Annual administration report of the Civil Veterinary Department, Sind - 1939-1940
Year: 1939
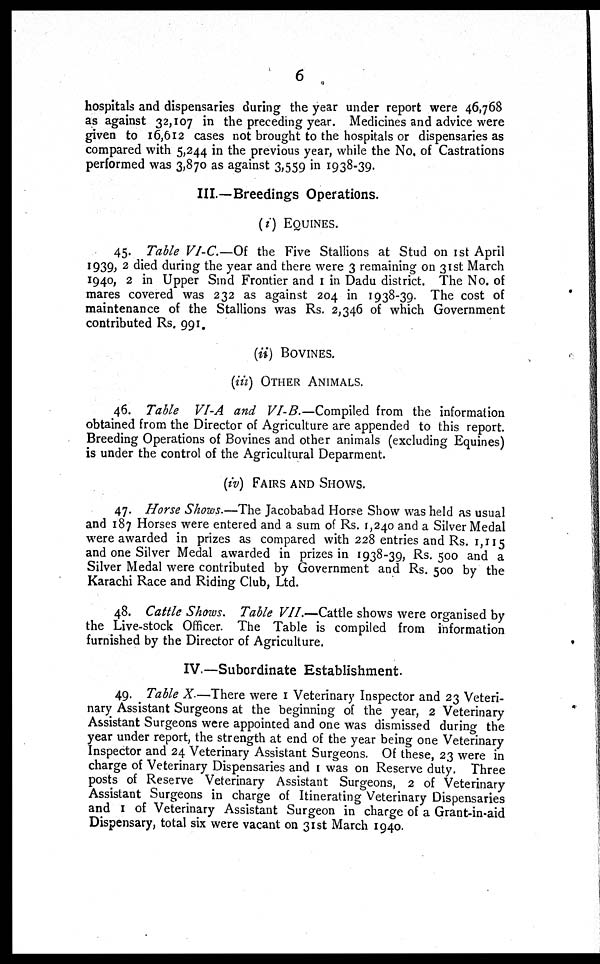
6
hospitals and dispensaries during the year under report were 46,768
as against 32,107 in the preceding year. Medicines and advice were
given to 16,612 cases not brought to the hospitals or dispensaries as
compared with 5,244 in the previous year, while the No, of Castrations
performed was 3,870 as against 3,559 in 1938-39.
III.—Breedings Operations.
(i) EQUINES.
45. Table VI-C.—Of the Five Stallions at Stud on 1st April
1939, 2 died during the year and there were 3 remaining on 31st March
1940, 2 in Upper Sind Frontier and 1 in Dadu district. The No. of
mares covered was 232 as against 204 in 1938-39. The cost of
maintenance of the Stallions was Rs. 2,346 of which Government
contributed Rs. 991.
(ii) BOVINES.
(iii) OTHER ANIMALS.
46. Table VI-A and VI-B.—Compiled from the information
obtained from the Director of Agriculture are appended to this report.
Breeding Operations of Bovines and other animals (excluding Equines)
is under the control of the Agricultural Deparment.
(iv) FAIRS AND SHOWS.
47. Horse Shows.—The Jacobabad Horse Show was held as usual
and 187 Horses were entered and a sum of Rs. 1,240 and a Silver Medal
were awarded in prizes as compared with 228 entries and Rs. 1,115
and one Silver Medal awarded in prizes in 1938-39, Rs. 500 and a
Silver Medal were contributed by Government and Rs. 500 by the
Karachi Race and Riding Club, Ltd.
48. Cattle Shows. Table VII.—Cattle shows were organised by
the Live-stock Officer. The Table is compiled from information
furnished by the Director of Agriculture.
IV—Subordinate Establishment.
49. Table X.—There were 1 Veterinary Inspector and 23 Veteri-
nary Assistant Surgeons at the beginning of the year, 2 Veterinary
Assistant Surgeons were appointed and one was dismissed during the
year under report, the strength at end of the year being one Veterinary
Inspector and 24 Veterinary Assistant Surgeons. Of these, 23 were in
charge of Veterinary Dispensaries and 1 was on Reserve duty. Three
posts of Reserve Veterinary Assistant Surgeons, 2 of Veterinary
Assistant Surgeons in charge of Itinerating Veterinary Dispensaries
and 1 of Veterinary Assistant Surgeon in charge of a Grant-in-aid
Dispensary, total six were vacant on 31st March 1940.